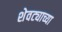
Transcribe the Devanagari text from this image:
शेवट्याच्या